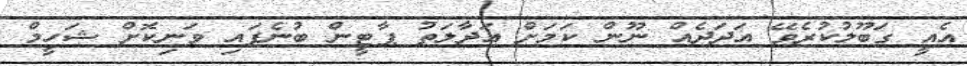
އެއީ ގަބޫލުކުރެވޭ އަދަދެއް ނޫން ކަމަށް އަދާލަތު ޕާޓީން ބުނެފައި ވަނިކޮށް ޝަހީމް